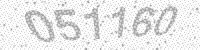
Solution: 051160